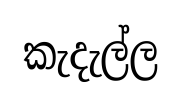
කැදැල්ල